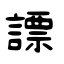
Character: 謤